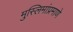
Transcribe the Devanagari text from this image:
मुस्लिमांप्रमाणे